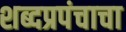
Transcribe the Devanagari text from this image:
शब्दप्रपंचाचा